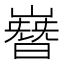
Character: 嶜